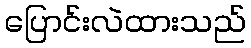
ပြောင်းလဲထားသည်